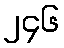
၂၄၆